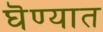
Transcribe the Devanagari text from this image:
घॆण्यात